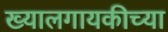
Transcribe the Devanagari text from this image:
ख्यालगायकीच्या